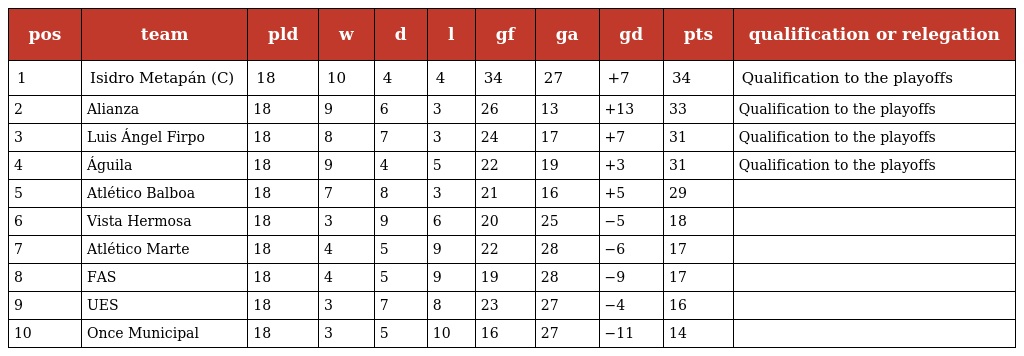
| pos | team | pld | w | d | l | gf | ga | gd | pts | qualification or relegation |
 | --- | --- | --- | --- | --- | --- | --- | --- | --- | --- | --- |
 | 1 | Isidro Metapán (C) | 18 | 10 | 4 | 4 | 34 | 27 | +7 | 34 | Qualification to the playoffs |
 | 2 | Alianza | 18 | 9 | 6 | 3 | 26 | 13 | +13 | 33 | Qualification to the playoffs |
 | 3 | Luis Ángel Firpo | 18 | 8 | 7 | 3 | 24 | 17 | +7 | 31 | Qualification to the playoffs |
 | 4 | Águila | 18 | 9 | 4 | 5 | 22 | 19 | +3 | 31 | Qualification to the playoffs |
 | 5 | Atlético Balboa | 18 | 7 | 8 | 3 | 21 | 16 | +5 | 29 |  |
 | 6 | Vista Hermosa | 18 | 3 | 9 | 6 | 20 | 25 | −5 | 18 |  |
 | 7 | Atlético Marte | 18 | 4 | 5 | 9 | 22 | 28 | −6 | 17 |  |
 | 8 | FAS | 18 | 4 | 5 | 9 | 19 | 28 | −9 | 17 |  |
 | 9 | UES | 18 | 3 | 7 | 8 | 23 | 27 | −4 | 16 |  |
 | 10 | Once Municipal | 18 | 3 | 5 | 10 | 16 | 27 | −11 | 14 |  |